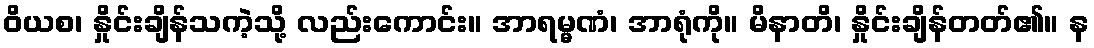
ဝိယစ၊ နှိုင်းချိန်သကဲ့သို့ လည်းကောင်း။ အာရမ္မဏံ၊ အာရုံကို။ မိနာတိ၊ နှိုင်းချိန်တတ်၏။ န